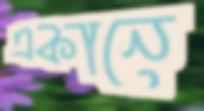
একানে